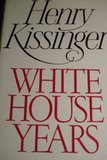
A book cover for White House Years; Henry A. Kissinger; Engineering & Transportation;